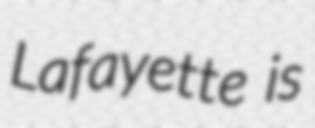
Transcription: Lafayette is